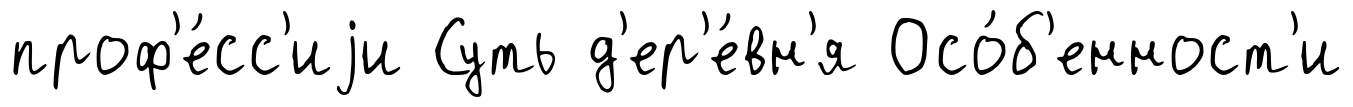
проф'е́сс'иjи Суть д'ер'е́вн'я Осо́б'енност'и